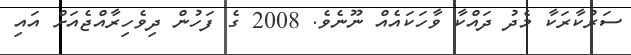
ސަރުކާރަކާ މެދު ދައްކާ ވާހަކައެއް ނޫނެވެ. 2008 ގެ ފަހުން ދިވެހިރާއްޖެއަށް އައި